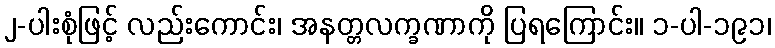
၂-ပါးစုံဖြင့် လည်းကောင်း၊ အနတ္တလက္ခဏာကို ပြရကြောင်း။ ၁-ပါ-၁၉၁၊